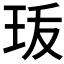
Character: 𤤣